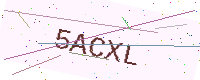
Text: 5ACXL